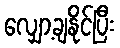
လျှော့ချနိုင်ပြီး